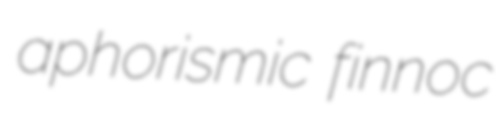
aphorismic finnoc